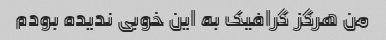
من هرگز گرافیک به این خوبی ندیده بودم